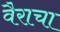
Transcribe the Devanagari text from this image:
वैराचा